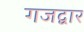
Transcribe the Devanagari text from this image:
गजद्वार